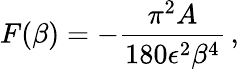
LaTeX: {}F(\beta)=-{\frac{\pi^{2}A}{180\epsilon^{2}\beta^{4}}}\, ,